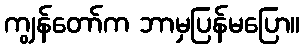
ကျွန်တော်က ဘာမှပြန်မပြော။